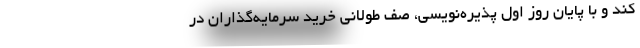
کند و با پایان روز اول پذیره‌نویسی، صف طولانی خرید سرمایه‌گذاران در